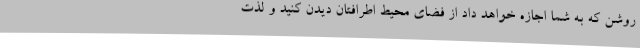
روشن که به شما اجازه خواهد داد از فضای محیط اطرافتان دیدن کنید و لذت